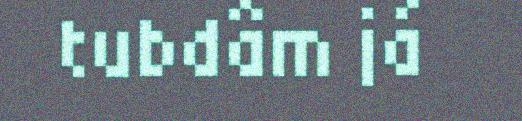
tubdâm já